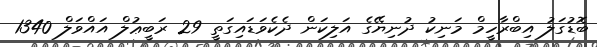
ބޮޑުގަލު އިބްރާހީމް މަނިކު ދުނިޔޭގެ އަލިކަން ދެކެވަޑައިގަތީ 29 ރަބީޢުލް އައްވަލް 1340